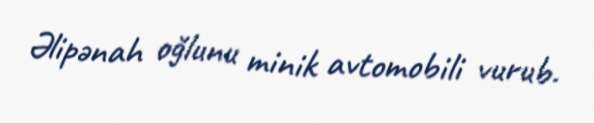
Əlipənah oğlunu minik avtomobili vurub.